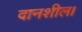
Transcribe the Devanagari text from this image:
दानशील।